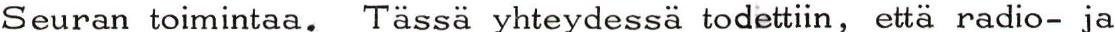
Seuran toimintaa. Tässä yhteydessä todettiin, että radio- ja